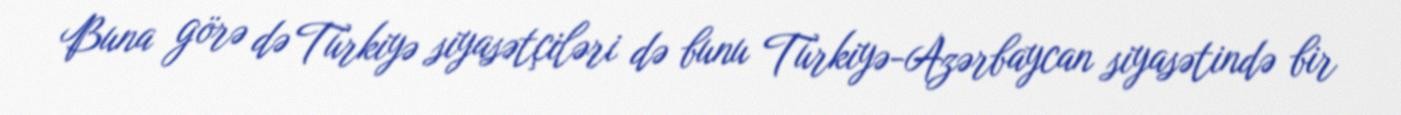
Buna görə də Türkiyə siyasətçiləri də bunu Türkiyə-Azərbaycan siyasətində bir